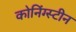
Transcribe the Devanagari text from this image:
कोनिंग्स्टीन